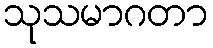
သုသမာဂတာ